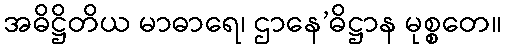
အဓိဋ္ဌိတိယ မာဓာရေ၊ ဌာနေ’ဓိဋ္ဌာန မုစ္စတေ။